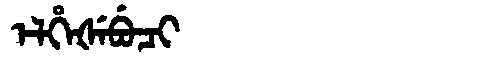
Manchu: ᡝᠯᡥᡝᡧᡝᠪᡠᠴᡳ
Romanization: ELHEŠEBUCI